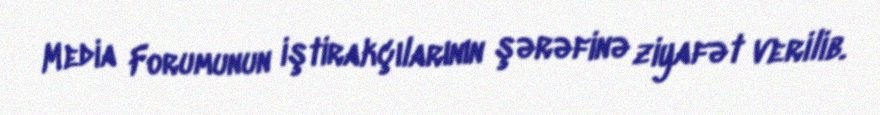
Media Forumunun iştirakçılarının şərəfinə ziyafət verilib.